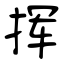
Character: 挥